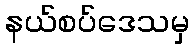
နယ်စပ်ဒေသမှ